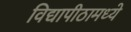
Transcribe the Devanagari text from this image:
विद्यापीठामध्‍ये